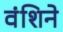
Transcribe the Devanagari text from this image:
वंशिने